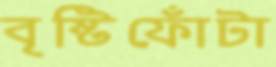
বৃষ্টিফোঁটা